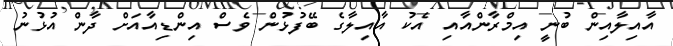
އާއިލާއިން ބުނީ އިމްރާންއާއި އެކު އާއިލާގެ ބޭފުޅުން ވެސް އިންޑިއާއަށް ދާން އުޅުނު